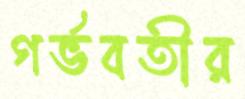
গর্ভবতীর